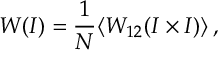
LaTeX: W ( I ) = \frac { 1 } { N } \langle W _ { 1 2 } ( I \times I ) \rangle \, ,